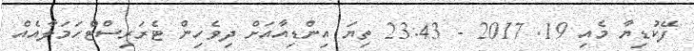
ފޭކުޑިޔާ މެއި 19